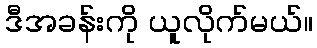
ဒီအခန်းကို ယူလိုက်မယ်။